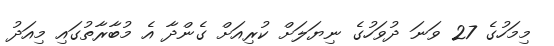
މިމަހުގެ 27 ވަނަ ދުވަހުގެ ނިޔަލަށް ކުރިއަށް ގެންދާ އެ މުބާރާތުގައި މިއަދު